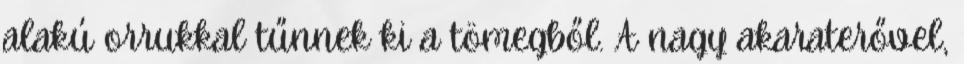
alakú orrukkal tűnnek ki a tömegből. A nagy akaraterővel,